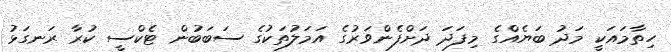
ހިތާމައަކީ މަދު ބަޔެއްގެ މިފަދަ ދަށްފެންވަރުގެ އަމަލުތަކުގެ ސަބަބުން ޓެކްސީ ކުރާ ރަނގަޅު